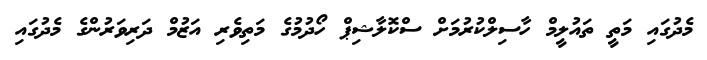
މެދުގައި މަތީ ތައުލީމް ހާސިލްކުރުމަށް ސްކޮލާޝިޕް ހޯދުމުގެ މަތިވެރި އަޒުމް ދަރިވަރުންގެ މެދުގައި